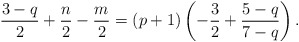
\begin{align*}\frac{3-q}{2} +\frac{n}{2} -\frac{m}{2} =\left( p+1 \right) \left( -\frac{3}{2} + \frac{5-q}{7-q}\right) .\end{align*}